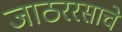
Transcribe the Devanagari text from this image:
जाठररसाचे